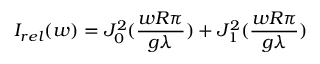
I _ { r e l } ( w ) = J _ { 0 } ^ { 2 } ( { \frac { w R \pi } { g \lambda } } ) + J _ { 1 } ^ { 2 } ( { \frac { w R \pi } { g \lambda } } )